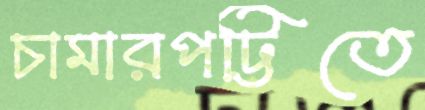
চামারপট্টিতে